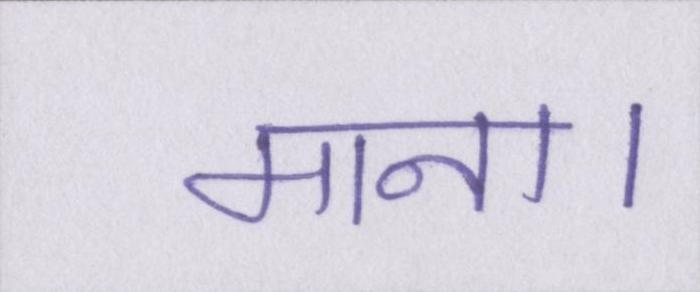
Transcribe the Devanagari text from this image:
माना।